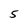
Character: 5